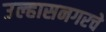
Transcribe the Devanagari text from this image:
उल्हासनगरचे